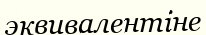
эквивалентіне